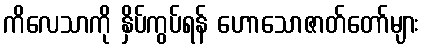
ကိလေသာကို နှိပ်ကွပ်ရန် ဟောသောဇာတ်တော်များ